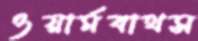
ওয়ার্মবাথস